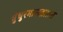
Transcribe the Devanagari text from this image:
धुंधुरमासव्रतात